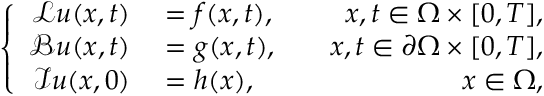
\left\{ \begin{array} { r l r } { \mathcal { L } \boldsymbol { u } ( \boldsymbol { x } , t ) } & { { } = \boldsymbol { f } ( \boldsymbol { x } , t ) , } & { \quad \boldsymbol { x } , t \in \Omega \times [ 0 , T ] , } \\ { \mathcal { B } \boldsymbol { u } ( \boldsymbol { x } , t ) } & { { } = \boldsymbol { g } ( \boldsymbol { x } , t ) , } & { \quad \boldsymbol { x } , t \in \partial \Omega \times [ 0 , T ] , } \\ { \mathcal { I } \boldsymbol { u } ( \boldsymbol { x } , 0 ) } & { { } = \boldsymbol { h } ( \boldsymbol { x } ) , } & { \quad \boldsymbol { x } \in \Omega , } \end{array} \right.